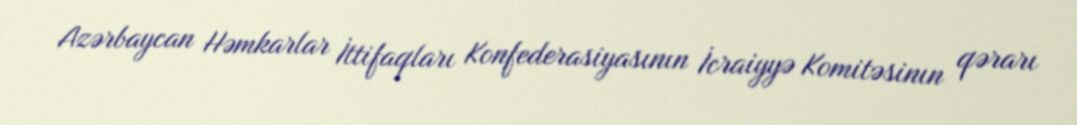
Azərbaycan Həmkarlar İttifaqları Konfederasiyasının İcraiyyə Komitəsinın qərarı